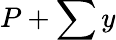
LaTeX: P+\sum y